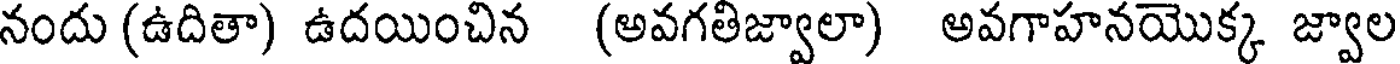
నందు (ఉదితా) ఉదయించిన (అవగతిజ్వాలా) అవగాహనయొక్క జ్వాల